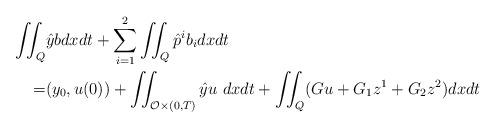
LaTeX: \begin{align*}\iint_Q &\hat{y} b dxdt + \sum_{i=1}^2 \iint_Q \hat{p}^i b_i dxdt\\=& (y_0,u(0))+ \iint_{\mathcal{O} \times (0,T)} \hat{y} u\ dxdt+ \iint_Q (G u + {G}_1 z^1 + {G}_{2} z^2 )dxdt\end{align*}